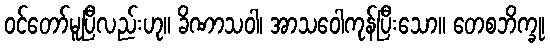
ဝင်တော်မူပြီလည်းဟု။ ခိဏာသဝါ၊ အာသဝေါကုန်ပြီးသော။ တေစဘိက္ခု၊